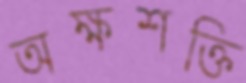
অক্ষশক্তি